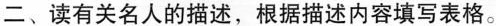
二、读有关名人的描述,根据描述内容填写表格.。